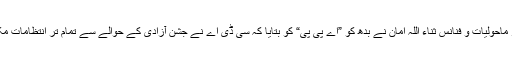
سی ڈی اے کے ممبر ماحولیات و فنانس ثناء اللہ امان نے بدھ کو ”اے پی پی“ کو بتایا کہ سی ڈی اے نے جشن آزادی کے حوالے سے تمام تر انتظامات مکمل کر لئے گئے ہیں۔